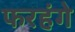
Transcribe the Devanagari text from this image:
फरहंगे